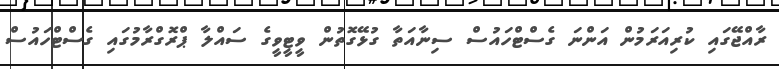
ރާއްޖޭގައި ކުރިއަރަމުން އަންނަ ގެސްޓްހައުސް ސިނާއަތާ ގުޅޭގޮތުން ވީޓީވީގެ ސައްލާ ޕްރޮގްރާމުގައި ގެސްޓްހައުސް